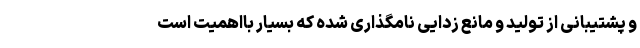
و پشتیبانی از تولید و مانع زدایی نامگذاری شده که بسیار بااهمیت است